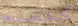
كلمته